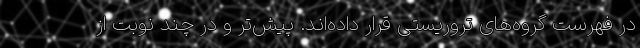
در فهرست گروه‌های تروریستی قرار داده‌اند. پیش‌تر و در چند نوبت از